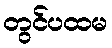
တွင်ပထမ